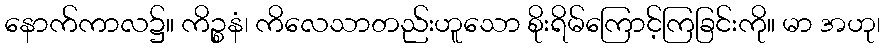
နောက်ကာလ၌။ ကိဉ္စနံ၊ ကိလေသာတည်းဟူသော စိုးရိမ်ကြောင့်ကြခြင်းကို။ မာ အဟု၊